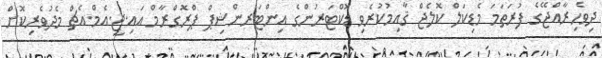
ދިވެހިރާއްޖޭގެ ފުރަތަމަ މެޑިކަލް ކޮލެޖް ޤާއިމުކުރެވި ޑޮކްޓަރުންގެ އިންޓަރންޝިޕް ޕްރޮގްރާމް އައި.ޖީ.އެމް.އެޗް މެދުވެރިކޮށް